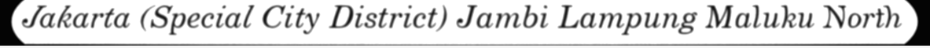
Jakarta (Special City District) Jambi Lampung Maluku North